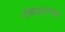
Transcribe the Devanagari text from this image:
उंचवटाच्या